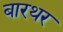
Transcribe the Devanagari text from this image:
बारथर